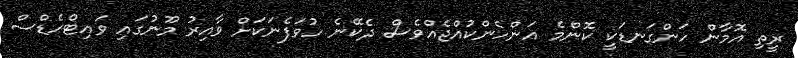
ރީތި އޮމާން ހަންގަނޑަކީ ކޮންމެ އަންހެންކުއްޖެއްވެސް ދެކޭނެ ހުވަފެނަކަށް ވާއިރު މޫނުގައި ވައިޓްހެޑްސް